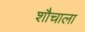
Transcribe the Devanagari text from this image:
शौचाला